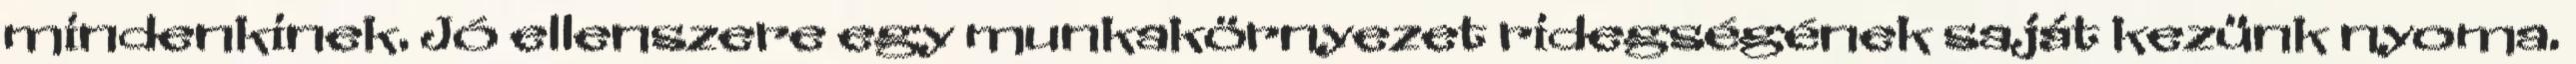
mindenkinek. Jó ellenszere egy munkakörnyezet ridegségének saját kezünk nyoma.